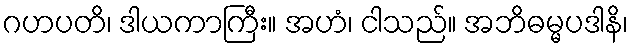
ဂဟပတိ၊ ဒါယကာကြီး။ အဟံ၊ ငါသည်။ အဘိဓမ္မပဒါနိ၊